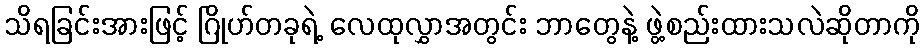
သိရခြင်းအားဖြင့် ဂြိုဟ်တခုရဲ့ လေထုလွှာအတွင်း ဘာတွေနဲ့ ဖွဲ့စည်းထားသလဲဆိုတာကို